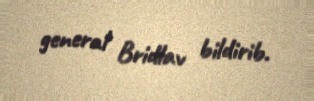
general Bridlav bildirib.